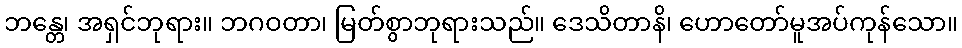
ဘန္တေ၊ အရှင်ဘုရား။ ဘဂဝတာ၊ မြတ်စွာဘုရားသည်။ ဒေသိတာနိ၊ ဟောတော်မူအပ်ကုန်သော။